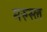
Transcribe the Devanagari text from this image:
मरुस्ल